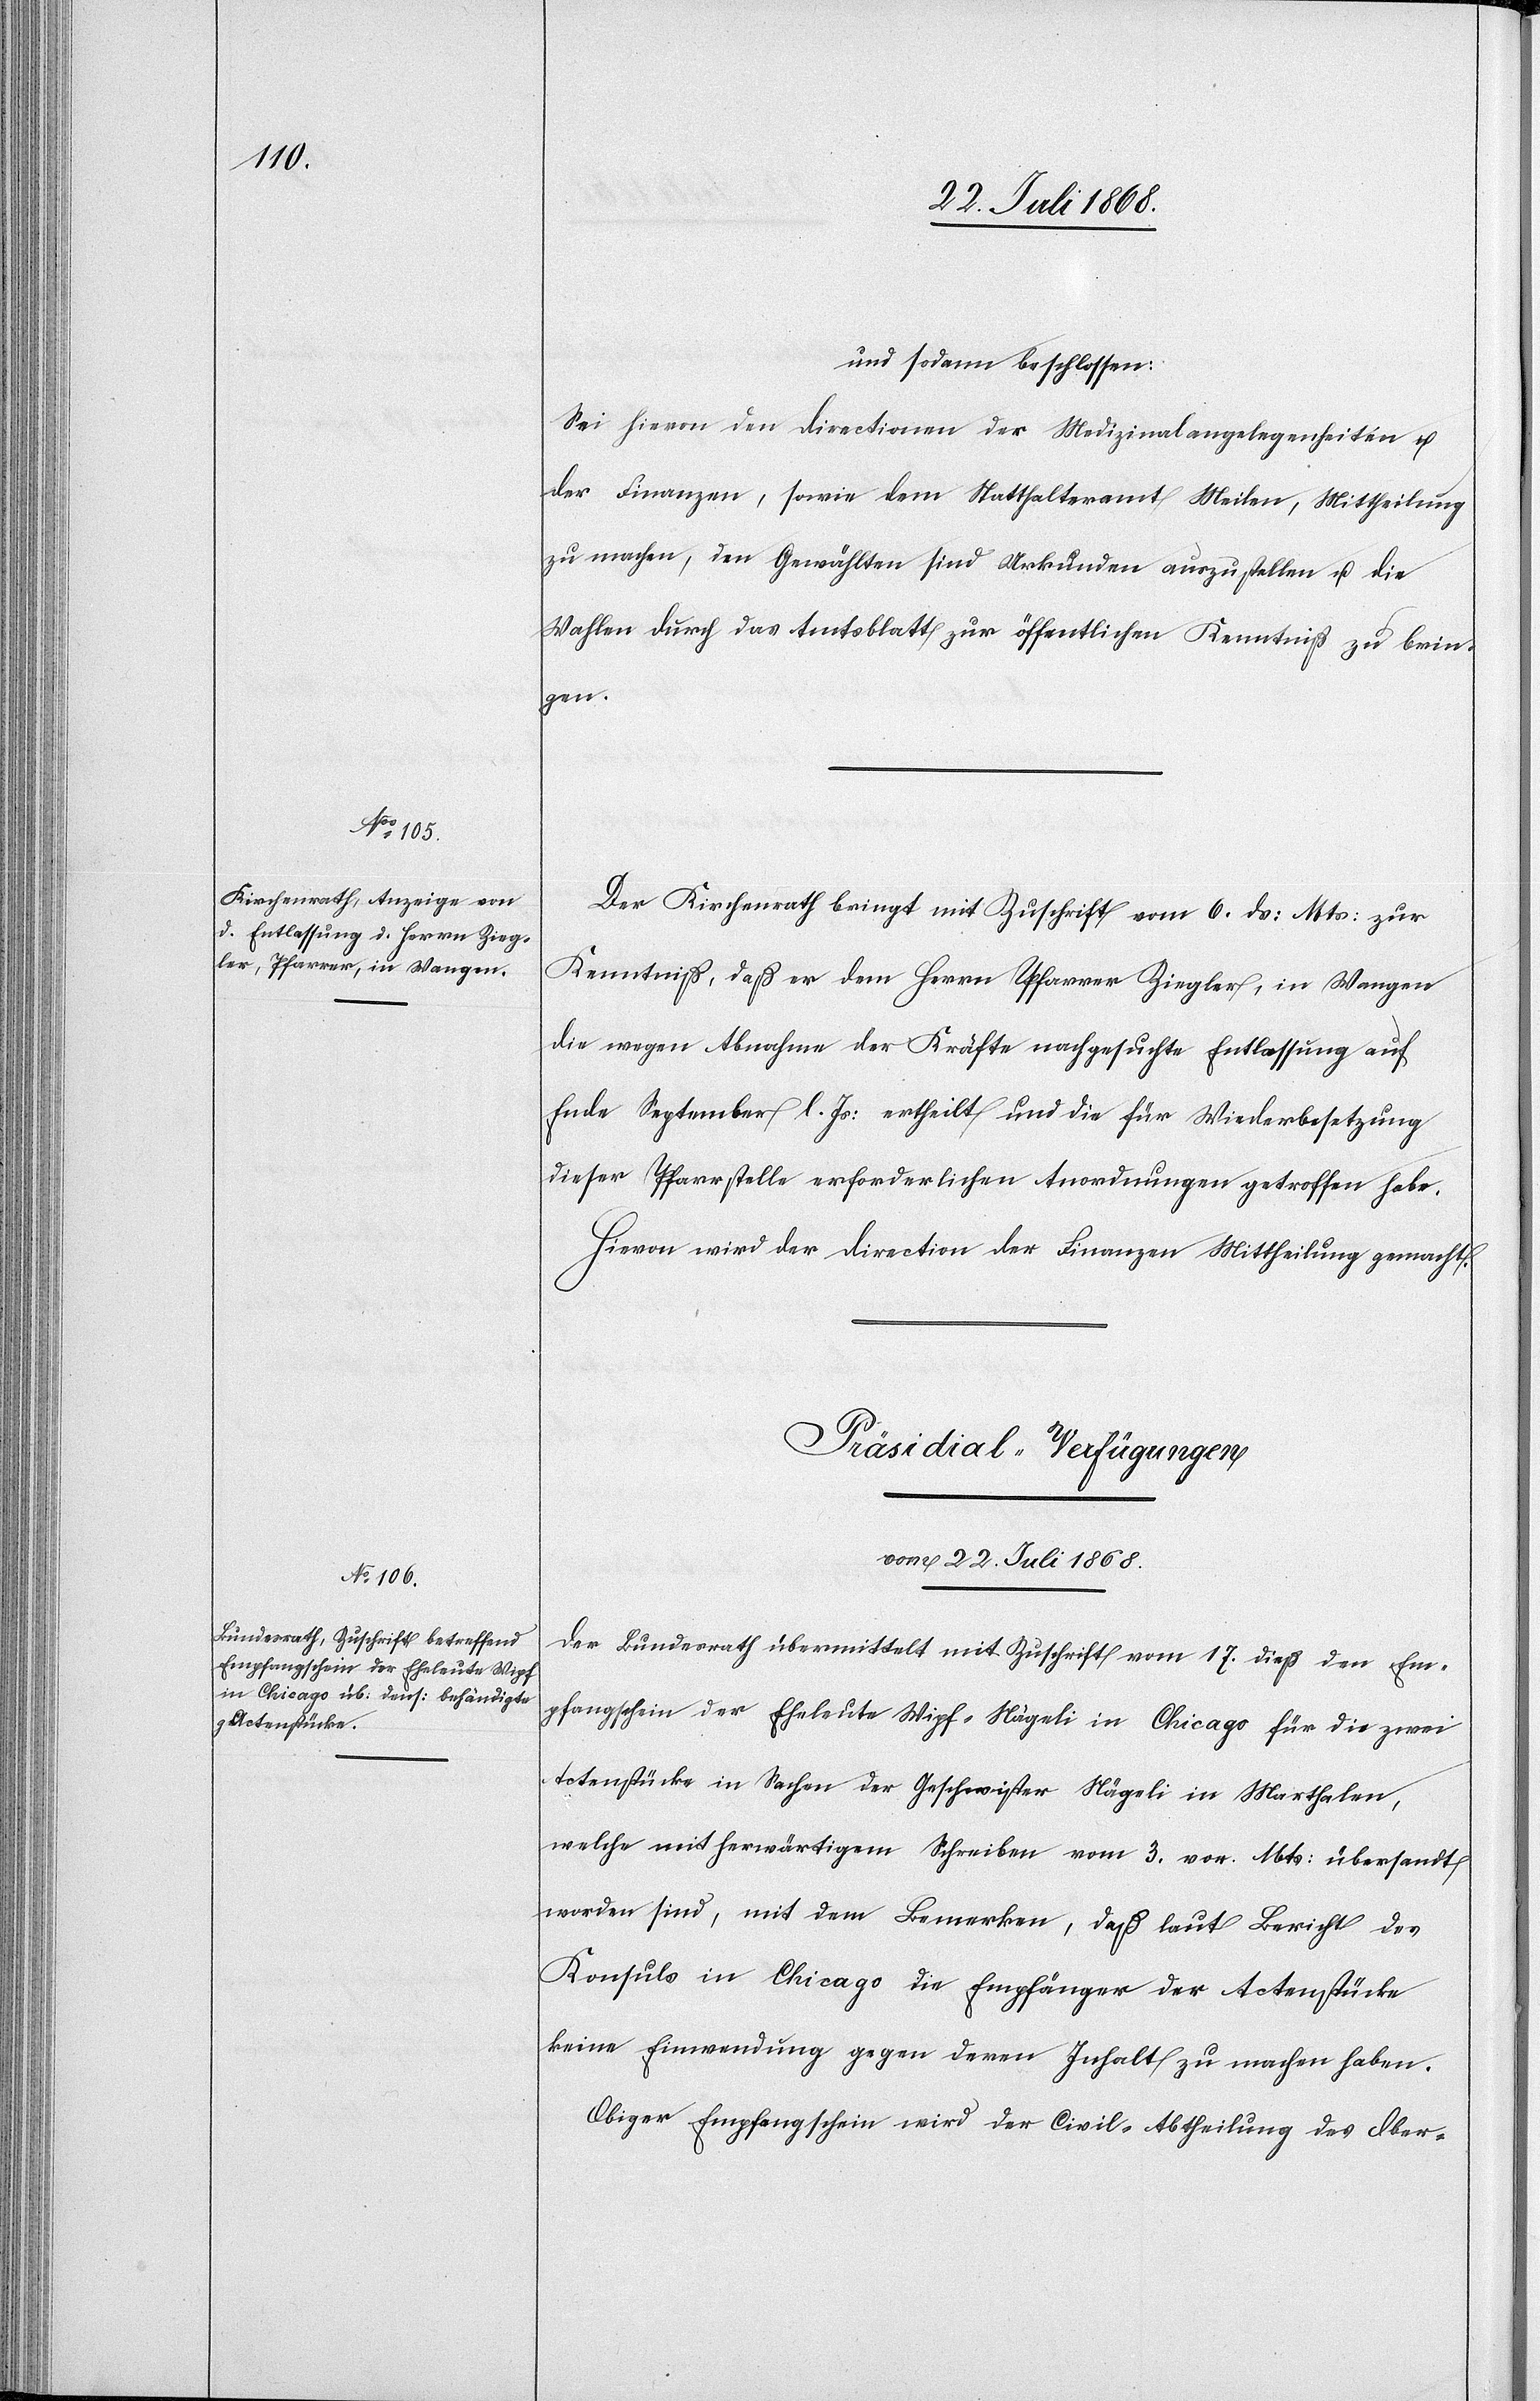
und sodann beschlossen:
Sei hievon den Directionen der Medizinalangelegenheiten u.
der Finanzen, sowie dem Statthalteramt Meilen, Mittheilung
zu machen, den Gewählten sind Urkunden auszustellen u. die
Wahlen durch das Amtsblatt zur öffentlichen Kenntniß zu brin¬
gen.
Der Kirchenrath bringt mit Zuschrift vom 6. ds: Mts: zur
Kenntniß, daß er dem Herrn Pfarrer Ziegler, in Wangen
die wegen Abnahme der Kräfte nachgesuchte Entlassung auf
Ende September l. Js: ertheilt und die für Wiederbesetzung
dieser Pfarrstelle erforderlichen Anordnungen getroffen habe.
Hievon wird der Direction der Finanzen Mittheilung gemacht.
Präsidial-Verfügungen
vom 22. Juli 1868.
Der Bundesrath übermittelt mit Zuschrift vom 17. dieß den Em¬
pfangschein der Eheleute Wipf-Nägeli in Chicago für die zwei
Actenstücke in Sachen der Geschwister Nägeli in Marthalen,
welche mit herwärtigem Schreiben vom 3. vor. Mts: übersandt
worden sind, mit dem Bemerken, daß laut Bericht des
Konsuls in Chicago die Empfänger der Actenstücke
keine Einwendung gegen deren Inhalt zu machen haben.
Obiger Empfangschein wird der Civil-Abtheilung des Ober-